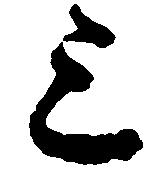
上